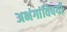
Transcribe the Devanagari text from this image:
अभंगांविषयी